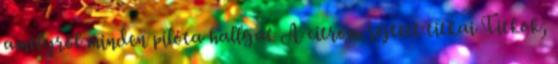
amelyről minden pilóta hallgat A citrom rejtett titkai Titkok,